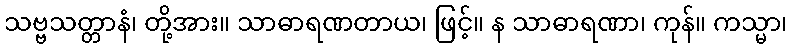
သဗ္ဗသတ္တာနံ၊ တို့အား။ သာဓာရဏတာယ၊ ဖြင့်။ န သာဓာရဏာ၊ ကုန်။ ကသ္မာ၊